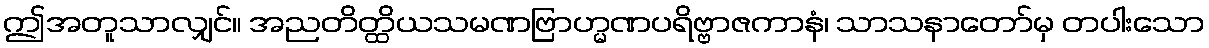
ဤအတူသာလျှင်။ အညတိတ္ထိယသမဏဗြာဟ္မဏပရိဗ္ဗာဇကာနံ၊ သာသနာတော်မှ တပါးသော